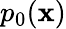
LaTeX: p_{0}(\mathbf{x})